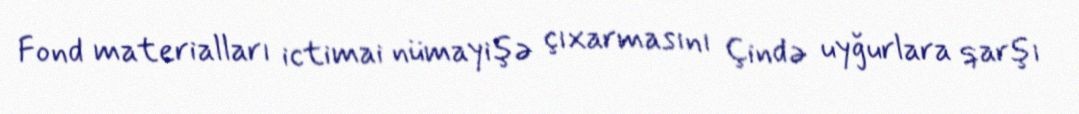
Fond materialları ictimai nümayişə çıxarmasını Çində uyğurlara qarşı